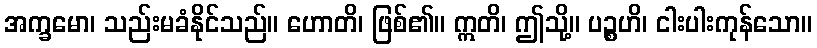
အက္ခမော၊ သည်းမခံနိုင်သည်။ ဟောတိ၊ ဖြစ်၏။ ဣတိ၊ ဤသို့။ ပဉ္စဟိ၊ ငါးပါးကုန်သော။